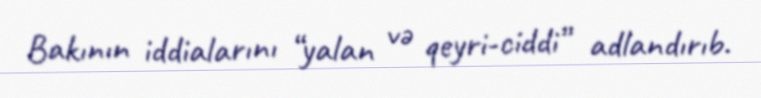
Bakının iddialarını “yalan və qeyri-ciddi” adlandırıb.